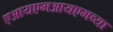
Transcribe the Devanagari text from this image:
एआयएमआयएमच्या